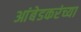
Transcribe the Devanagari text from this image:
आंबेडकरंच्या